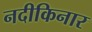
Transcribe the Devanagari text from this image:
नदीकिनार